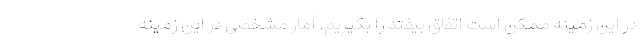
در این زمینه ممکن است اتفاق بیفتد را بگیریم. آمار مشخصی در این زمینه